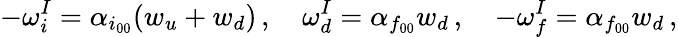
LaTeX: -\omega_{i}^{I}=\alpha_{i_{00}}(w_{u}+w_{d})\, ,\quad\omega_{d}^{I}=\alpha_{f_{00}}w_{d}\, ,\quad-\omega_{f}^{I}=\alpha_{f_{00}}w_{d}\, ,